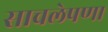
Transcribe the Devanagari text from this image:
साचलेपणा